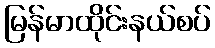
မြန်မာထိုင်းနယ်စပ်